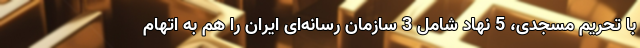
با تحریم مسجدی، 5 نهاد شامل 3 سازمان رسانه‌ای ایران را هم به اتهام